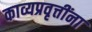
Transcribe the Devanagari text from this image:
काव्यप्रवृत्तींना